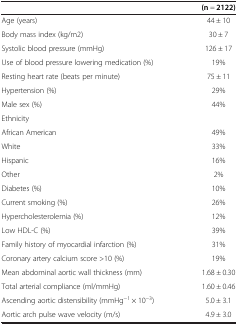
<table><thead><tr><td><b> </b></td><td><b>(n = 2122)</b></td></tr></thead><tbody><tr><td>Age (years)</td><td>44 ± 10</td></tr><tr><td>Body mass index (kg/m2)</td><td>30 ± 7</td></tr><tr><td>Systolic blood pressure (mmHg)</td><td>126 ± 17</td></tr><tr><td>Use of blood pressure lowering medication (%)</td><td>19%</td></tr><tr><td>Resting heart rate (beats per minute)</td><td>75 ± 11</td></tr><tr><td>Hypertension (%)</td><td>29%</td></tr><tr><td>Male sex (%)</td><td>44%</td></tr><tr><td>Ethnicity</td><td> </td></tr><tr><td>African American</td><td>49%</td></tr><tr><td>White</td><td>33%</td></tr><tr><td>Hispanic</td><td>16%</td></tr><tr><td>Other</td><td>2%</td></tr><tr><td>Diabetes (%)</td><td>10%</td></tr><tr><td>Current smoking (%)</td><td>26%</td></tr><tr><td>Hypercholesterolemia (%)</td><td>12%</td></tr><tr><td>Low HDL-C (%)</td><td>39%</td></tr><tr><td>Family history of myocardial infarction (%)</td><td>31%</td></tr><tr><td>Coronary artery calcium score &gt;10 (%)</td><td>19%</td></tr><tr><td>Mean abdominal aortic wall thickness (mm)</td><td>1.68 ± 0.30</td></tr><tr><td>Total arterial compliance (ml/mmHg)</td><td>1.60 ± 0.46</td></tr><tr><td>Ascending aortic distensibility (mmHg<sup>−1</sup> × 10<sup>−3</sup>)</td><td>5.0 ± 3.1</td></tr><tr><td>Aortic arch pulse wave velocity (m/s)</td><td>4.9 ± 3.0</td></tr></tbody></table>